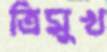
ত্রিমুখ